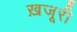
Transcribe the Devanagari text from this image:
ख़जूरी